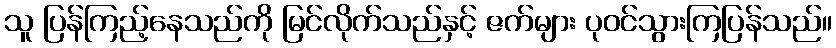
သူ ပြန်ကြည့်နေသည်ကို မြင်လိုက်သည်နှင့် ဇက်များ ပုဝင်သွားကြပြန်သည်။